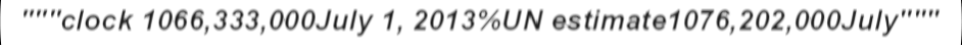
"""clock 1066,333,000July 1, 2013%UN estimate1076,202,000July"""